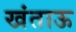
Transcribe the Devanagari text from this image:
खंताऊ